Leaving Certificate Examination (including Day School Certificate (Higher) General paper), 1938
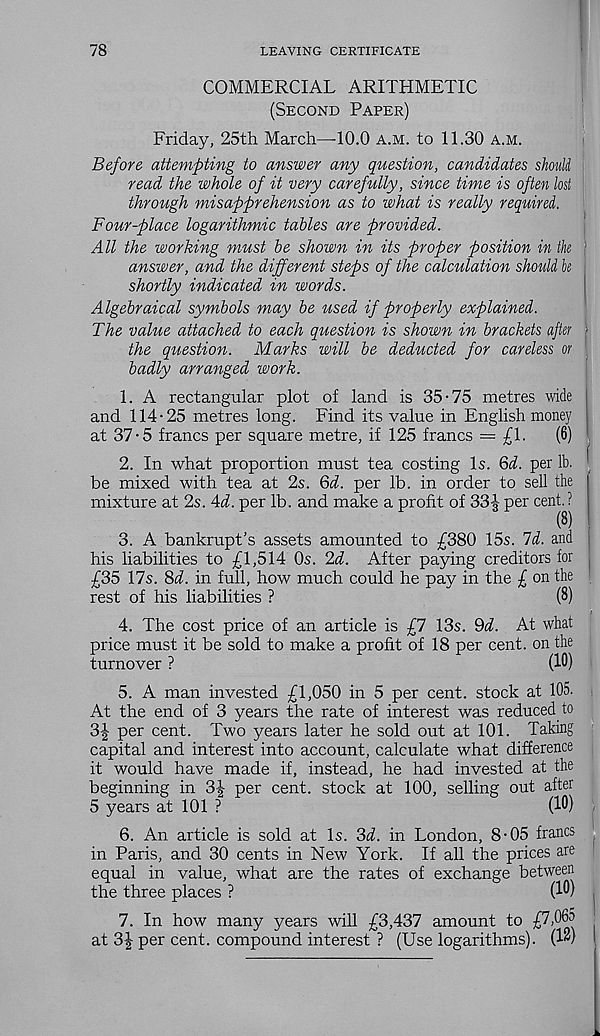
78
LEAVING CERTIFICATE
COMMERCIAL ARITHMETIC
(Second Paper)
Friday, 25th March—-10.0 a.m. to 11.30 a.m.
Before attempting to answer any question, candidates should
read the whole of it very carefully, since time is often lost
through misapprehension as to what is really required.
Four-place logarithmic tables are provided.
All the working must be shown in its proper position in the '
answer, and the different steps of the calculation should h
shortly indicated in words.
Algebraical symbols may be used if properly explained.
The value attached to each question is shown in brackets after >
the question. Marks will be deducted for careless or
badly arranged work.
1. A rectangular plot of land is 35-75 metres wide
and 114-25 metres long. Find its value in English money
at 37-5 francs per square metre, if 125 francs = £1.
(6)
2. In what proportion must tea costing Is. &d. per lb.
be mixed with tea at 2s. 6d. per lb. in order to sell the
mixture at 2s. Ad. per lb. and make a profit of 331 per cent. ?
3. A bankrupt's assets amounted to £380 15s. Id. and
his liabilities to £1,514 Os. 2d. After paying creditors for
£35 17s. Sd. in full, how much could he pay in the £ on the
rest of his liabilities ?
(8)
4. The cost price of an article is £7 13s. dd. At what
price must it be sold to make a profit of 18 per cent, on the
turnover ?
(10)
5. A man invested £1,050 in 5 per cent, stock at 105.
At the end of 3 years the rate of interest was reduced to
3-| per cent. Two years later he sold out at 101. Taking
capital and interest into account, calculate what difference
it would have made if, instead, he had invested at the
beginning in 3£ per cent, stock at 100, selling out after
5 years at 101 ?
(10)
6. An article is sold at Is. 3d. in London, 8-05 francs
in Paris, and 30 cents in New York. If all the prices are
equal in value, what are the rates of exchange between
the three places ?
(10)
7. In how many years will £3,437 amount to jff^
at 3J per cent, compound interest ? (Use logarithms). (12)